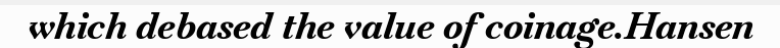
which debased the value of coinage.Hansen